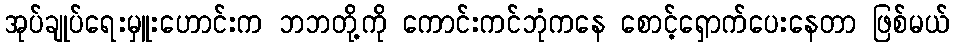
အုပ်ချုပ်ရေးမှူးဟောင်းက ဘဘတို့ကို ကောင်းကင်ဘုံကနေ စောင့်ရှောက်ပေးနေတာ ဖြစ်မယ်